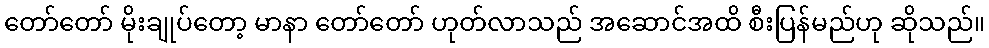
တော်တော် မိုးချုပ်တော့ မာနာ တော်တော် ဟုတ်လာသည် အဆောင်အထိ စီးပြန်မည်ဟု ဆိုသည်။